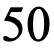
50